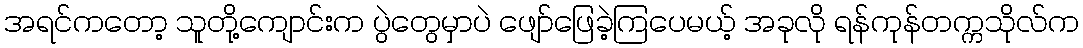
အရင်ကတော့ သူတို့ကျောင်းက ပွဲတွေမှာပဲ ဖျော်ဖြေခဲ့ကြပေမယ့် အခုလို ရန်ကုန်တက္ကသိုလ်က